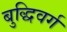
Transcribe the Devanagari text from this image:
बुद्धिवर्ग